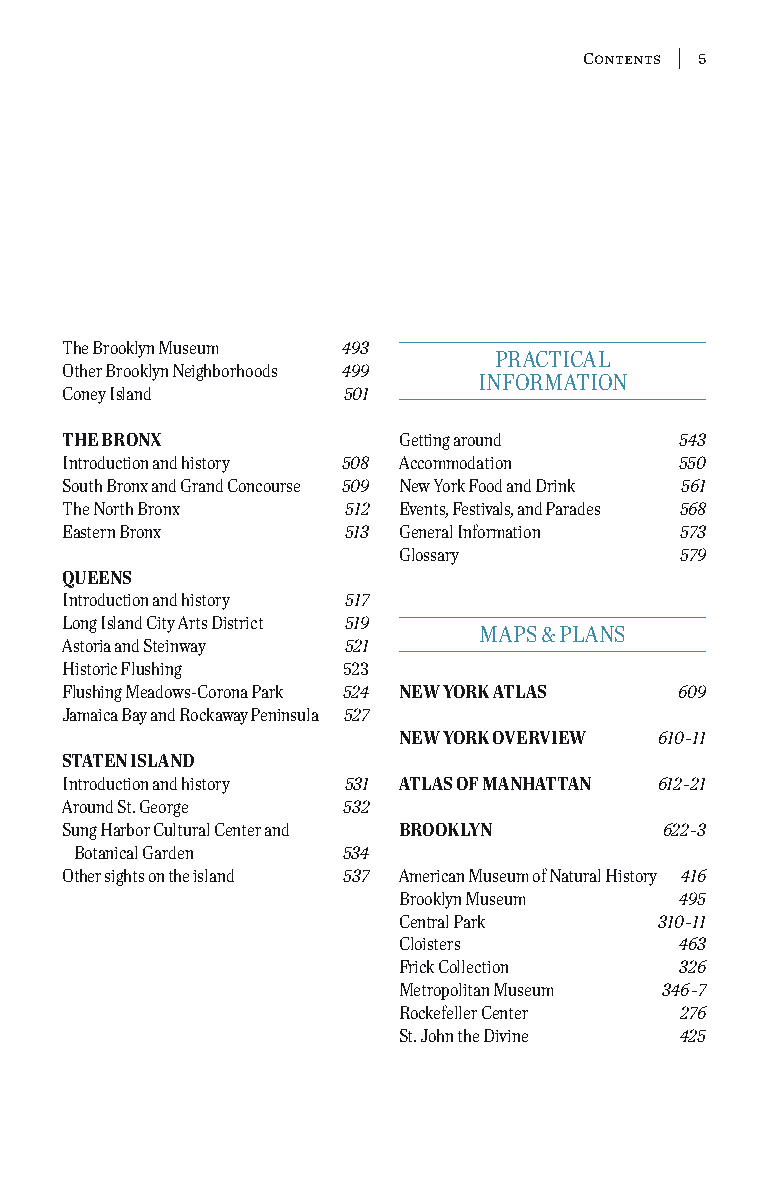
Contents 5
 the Brooklyn Museum 493
 PrActicAL
 other Brooklyn neighborhoods 499
 inForMAtion
 coney island       501
 the bronx             getting around     543
 introduction and history 508 Accommodation 550
 South Bronx and grand concourse 509 new york Food and drink 561
 the north Bronx    512 events, Festivals, and Parades 568
 eastern Bronx      513 general information 573
 glossary           579
 queens
 introduction and history 517
 Long island city Arts district 519
 MAPS & PLAnS
 Astoria and Steinway 521
 historic Flushing  523
 Flushing Meadows-corona Park 524 new york atlas 609
 Jamaica Bay and rockaway Peninsula 527
 new york overview 610–11
 staten island
 introduction and history 531 atlas of manhattan 612–21
 Around St. george  532
 Sung harbor cultural center and brooklyn 622–3
 Botanical garden  534
 other sights on the island 537 American Museum of natural history 416
 Brooklyn Museum    495
 central Park      310–11
 cloisters          463
 Frick collection   326
 Metropolitan Museum 346–7
 rockefeller center 276
 St. John the divine 425